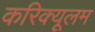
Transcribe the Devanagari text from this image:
करिक्यूलम